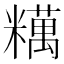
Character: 䊪